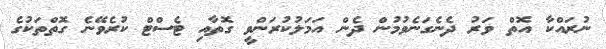
ނުރައްކާ އޮތް ވަރު ދެނެގަނެވުމުން ދެން އަމަލުކުރަންވީ ގޮތާއި ޓެސްޓް ކުރެވޭނެ ގޮތްތަކުގެ